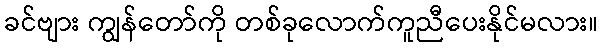
ခင်ဗျား ကျွန်တော်ကို တစ်ခုလောက်ကူညီပေးနိုင်မလား။